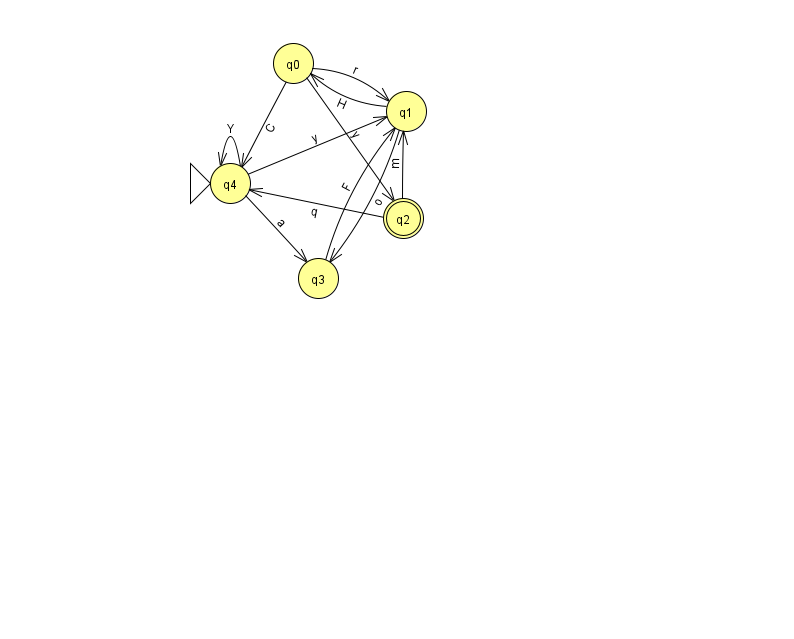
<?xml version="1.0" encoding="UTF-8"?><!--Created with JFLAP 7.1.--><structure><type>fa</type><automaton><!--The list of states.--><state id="0" name="q0"><x>293.0</x><y>50.0</y></state><state id="1" name="q1"><x>406.0</x><y>98.0</y></state><state id="2" name="q2"><x>403.0</x><y>205.0</y><final/></state><state id="3" name="q3"><x>318.0</x><y>265.0</y></state><state id="4" name="q4"><x>230.0</x><y>170.0</y><initial/></state><!--The list of transitions.--><transition><from>0</from><to>4</to><read>C</read></transition><transition><from>4</from><to>1</to><read>y</read></transition><transition><from>0</from><to>2</to><read>y</read></transition><transition><from>1</from><to>0</to><read>H</read></transition><transition><from>4</from><to>3</to><read>a</read></transition><transition><from>1</from><to>3</to><read>o</read></transition><transition><from>0</from><to>1</to><read>r</read></transition><transition><from>2</from><to>4</to><read>q</read></transition><transition><from>4</from><to>4</to><read>Y</read></transition><transition><from>2</from><to>1</to><read>m</read></transition><transition><from>3</from><to>1</to><read>F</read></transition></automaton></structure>